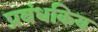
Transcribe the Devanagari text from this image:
प्रबंधकिय